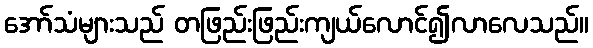
အော်သံများသည် တဖြည်းဖြည်းကျယ်လောင်၍လာလေသည်။